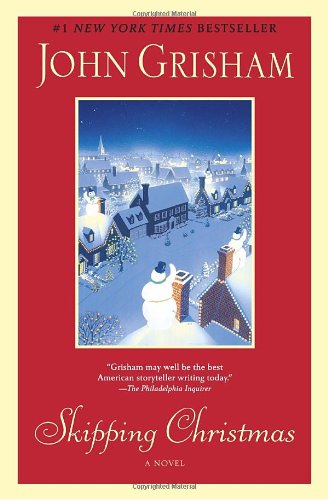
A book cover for Skipping Christmas: A Novel; John Grisham; Literature & Fiction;